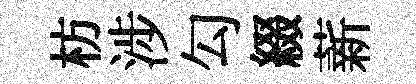
枋涉勾綴薪